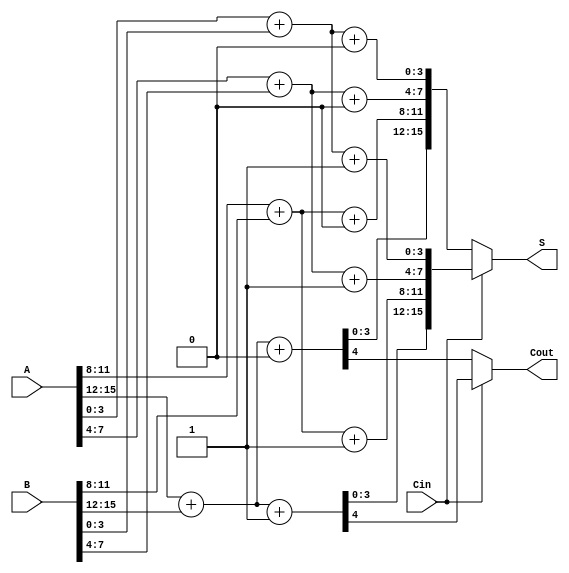
module carry_select_adder (
    input [n-1:0] A,       // First input
    input [n-1:0] B,       // Second input
    input Cin,             // Carry input
    output [n-1:0] S,      // Sum output
    output Cout            // Carry output
);
    parameter n = 16;      // Width of the inputs (must be a multiple of 4)
    parameter SEGMENT_SIZE = 4; // Size of each segment

    wire [n/SEGMENT_SIZE-1:0] carry_out; // Carry outputs for each segment
    wire [n-1:0] sum0, sum1; // Sums for Cin = 0 and Cin = 1
    wire [n/SEGMENT_SIZE-1:0] carry0, carry1; // Carry outputs for Cin = 0 and Cin = 1

    // Generate the segments
    genvar i;
    generate
        for (i = 0; i < n/SEGMENT_SIZE; i = i + 1) begin : adder_segment
            wire [SEGMENT_SIZE-1:0] A_segment = A[i*SEGMENT_SIZE +: SEGMENT_SIZE];
            wire [SEGMENT_SIZE-1:0] B_segment = B[i*SEGMENT_SIZE +: SEGMENT_SIZE];

            // Full adders for carry-in = 0
            wire [SEGMENT_SIZE:0] sum_with_c0;
            assign sum_with_c0 = A_segment + B_segment + 1'b0;
            assign sum0[i*SEGMENT_SIZE +: SEGMENT_SIZE] = sum_with_c0[SEGMENT_SIZE-1:0];
            assign carry0[i] = sum_with_c0[SEGMENT_SIZE];

            // Full adders for carry-in = 1
            wire [SEGMENT_SIZE:0] sum_with_c1;
            assign sum_with_c1 = A_segment + B_segment + 1'b1;
            assign sum1[i*SEGMENT_SIZE +: SEGMENT_SIZE] = sum_with_c1[SEGMENT_SIZE-1:0];
            assign carry1[i] = sum_with_c1[SEGMENT_SIZE];
        end
    endgenerate

    // MUX to select the correct sum and carry based on previous carry
    assign S = (Cin == 1'b0) ? sum0 : sum1;

    // Generate carry output
    assign Cout = (Cin == 1'b0) ? carry0[n/SEGMENT_SIZE-1] : carry1[n/SEGMENT_SIZE-1];

endmodule